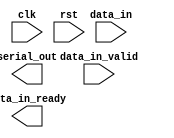

module uart_transmitter #(
  parameter CLOCK_FREQ = 125_000_000,
  parameter BAUD_RATE = 115_200
) (
  input clk,
  input rst,

  input [7:0] data_in,
  input data_in_valid,
  output data_in_ready,

  output serial_out
);

  // TODO: Your code

endmodule